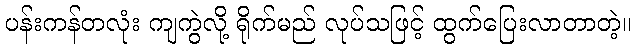
ပန်းကန်တလုံး ကျကွဲလို့ ရိုက်မည် လုပ်သဖြင့် ထွက်ပြေးလာတာတဲ့။